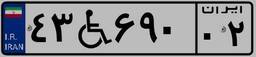
۴۳W۶۹۰۰۲